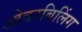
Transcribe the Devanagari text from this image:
ओवरबिलिंग